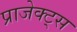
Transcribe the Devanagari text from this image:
प्राजेक्ट्स